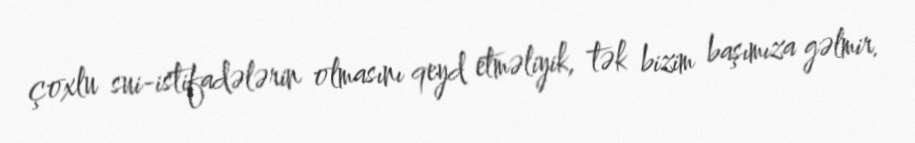
çoxlu sui-istifadələrin olmasını qeyd etməliyik, tək bizim başımıza gəlmir.